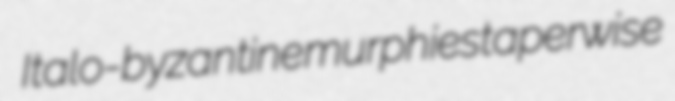
Italo-byzantine murphies taperwise